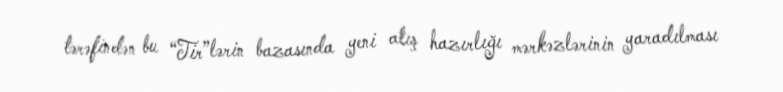
tərəfindən bu “Tir”lərin bazasında yeni atış hazırlığı mərkəzlərinin yaradılması